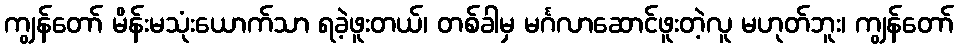
ကျွန်တော် မိန်းမသုံးယောက်သာ ရခဲ့ဖူးတယ်၊ တစ်ခါမှ မင်္ဂလာဆောင်ဖူးတဲ့လူ မဟုတ်ဘူး၊ ကျွန်တော်